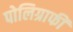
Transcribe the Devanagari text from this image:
पोलिग्राफी